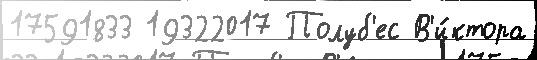
17591833 19322017 Полуб'ес В'и́ктора